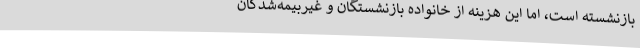
بازنشسته است، اما این هزینه از خانواده بازنشستگان و غیربیمه‌شدگان